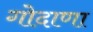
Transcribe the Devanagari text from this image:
गोदाणा